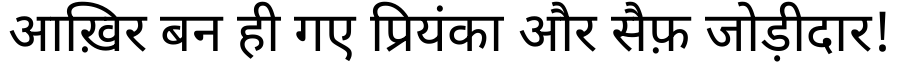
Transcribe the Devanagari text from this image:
आख़िर बन ही गए प्रियंका और सैफ़ जोड़ीदार!